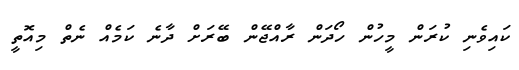
ކައިވެނި ކުރަން މީހުން ހޯދަން ރާއްޖޭން ބޭރަށް ދާނެ ކަމެއް ނެތް މިއޮތީ